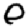
Digit: 0